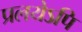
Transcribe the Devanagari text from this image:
प्रलयेऽपि